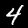
Label: 4